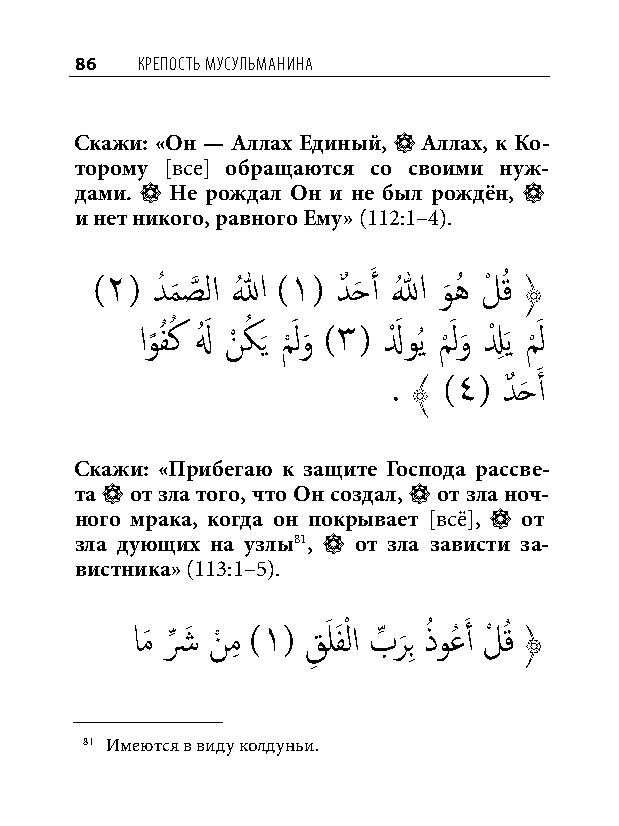
86  КреПость мусульманина
 Скажи: «Он — Аллах Единый, * Аллах, к Ко-
 торому [все] обращаются со своими нуж-
 дами. * Не рождал Он и не был рождён, *
 и нет никого, равного Ему» (112:1–4).
 )٢( دُ م
 َ
 صَّذ لا اللهُ )١( دٌ حَ َ أ اللهُ و
 َ
 هُ لْ قُ ﴿
 او
 ً
 فُ كُ لهُ َ نْ كُ َي م
 ْ
 َ لو
 َ
 )٣( لَْ وُي م
 ْ
 َ لو
 َ
 لْ ِ َي م
 ْ
 َ ل
 َ
 . ﴾ )٤( دٌ حَ أ
 Скажи: «Прибегаю к защите Господа рассве-
 та * от зла того, что Он создал, * от зла ноч-
 ного мрака, когда он покрывает [всё], * от
 зла дующих на узлы81, * от зла зависти за-
 вистника» (113:1–5).
 امَ شِّ َ نْ مِ )١( قِ َ لفَ ْ لا بِّ ر
 َ
 بِ ذُ وعُ َ أ لْ قُ ﴿
 81 Имеются в виду колдуньи.